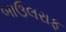
બાઉલરાફ